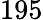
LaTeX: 195